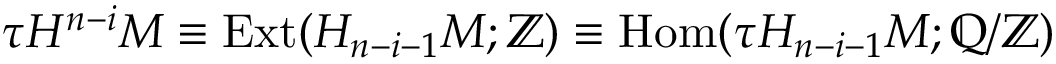
\tau H ^ { n - i } M \equiv \mathrm { E x t } ( H _ { n - i - 1 } M ; \mathbb { Z } ) \equiv \mathrm { H o m } ( \tau H _ { n - i - 1 } M ; \mathbb { Q } / \mathbb { Z } )